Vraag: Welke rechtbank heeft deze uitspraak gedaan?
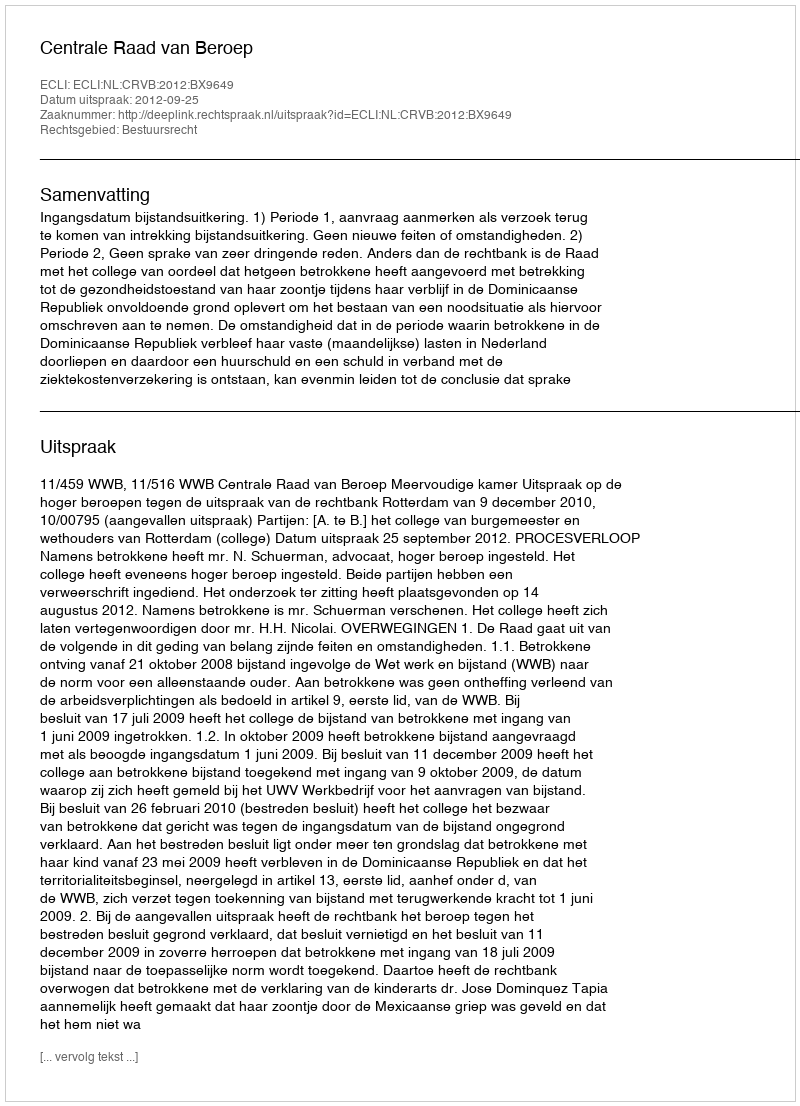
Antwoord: Centrale Raad van Beroep